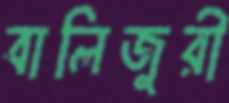
বালিজুরী